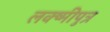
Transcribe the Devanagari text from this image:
लक्ष्मीपुत्र